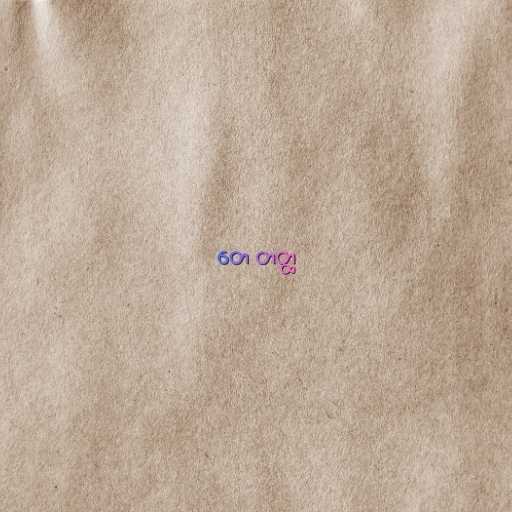
တေ တတ္ထ